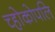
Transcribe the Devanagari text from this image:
च्होकोपलि